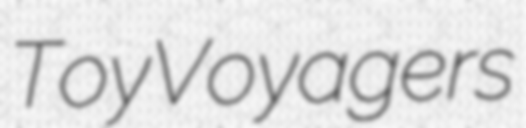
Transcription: ToyVoyagers